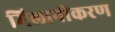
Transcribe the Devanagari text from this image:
मिलानीकरण